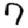
Digit: 7